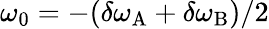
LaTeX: \omega_{0}=-(\delta\omega_{\mathrm{A}}+\delta\omega_{\mathrm{B}})/2